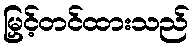
မြှင့်တင်ထားသည်